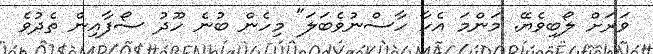
ވަރަށް ލޯބިވެޔޭ. މަންމަ އެހާ ހާސްނުވެބަލަ" މިހެން ބުނެ ހޫދު ސޯފާއިން ތެދުވެ